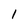
Character: l